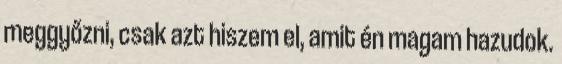
meggyőzni, csak azt hiszem el, amit én magam hazudok.